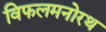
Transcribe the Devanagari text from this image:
विफलमनोरथ